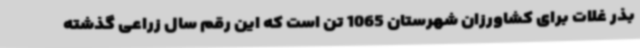
بذر غلات برای کشاورزان شهرستان 1065 تن است که این رقم سال زراعی گذشته